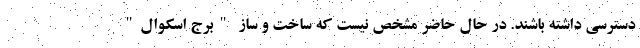
دسترسی داشته باشند. در حال حاضر مشخص نیست که ساخت و ساز "برج اسکوال"